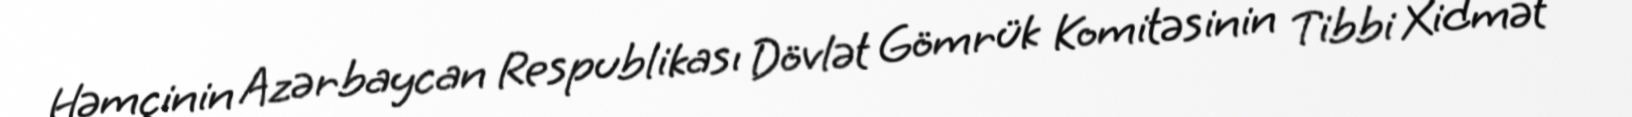
Həmçinin Azərbaycan Respublikası Dövlət Gömrük Komitəsinin Tibbi Xidmət